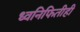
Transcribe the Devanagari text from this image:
ध्वनिफितीही